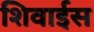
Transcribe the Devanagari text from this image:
शिवाईस